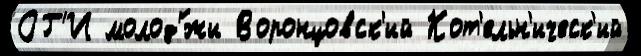
ОГ'И молод'́жи Воронцовск'ий Кот'ельн'ическ'ий